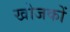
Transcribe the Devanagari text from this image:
खोजकों